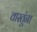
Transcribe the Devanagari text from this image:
वास्तूंना